system: You are a helpful assistant.
user:
Analyze the provided spectrum to determine if it is a **White Dwarf (WD)**.

A White Dwarf spectrum is defined by its **extreme purity** (due to gravitational settling) and/or **extreme pressure broadening** (due to high surface gravity). You must check for one of the following mutually exclusive signatures:

- **Key Visual Indicators (Check for ONE of these types):**

    - **1. DA-Type Signature (Most Common):**
        - **(Primary Feature):** Extreme pressure broadening (Stark broadening) of the **Hydrogen (H) Balmer lines**.
        - **(Key Lines):** $H\beta$ (approx. $4861$ Å) and $H\gamma$ (approx. $4340$ Å). $H\alpha$ (approx. $6563$ Å) will also be present if the wavelength range covers it.
        - **(Line Profile):** This is the **defining feature**. The lines are **NOT** sharp. They appear as massive, **extremely broad and deep "troughs" or "dips"** in the spectrum, often hundreds of Ångströms wide. The continuum will appear to "scoop" down at these wavelengths.
        - **(Distinction):** Normal A-type or B-type stars have *narrow* and *sharp* Hydrogen lines. A DA White Dwarf's lines are unmistakably "smeared" or "blurry" from pressure.

    - **2. DB-Type Signature:**
        - **(Primary Feature):** Broad absorption lines from **Neutral Helium (He I)**. The spectrum must lack any visible Hydrogen lines.
        - **(Key Lines):** Look for broad absorption near $4471$ Å, $4921$ Å, and $5876$ Å.
        - **(Line Profile):** These lines are also significantly pressure-broadened, appearing much wider than they would in a normal B-type main-sequence star.

    - **3. DC-Type Signature:**
        - **(Primary Feature):** A **featureless continuous spectrum**.
        - **(Line Profile):** The spectrum is a smooth curve with **no significant absorption or emission lines**.
        - **(Key Confirmation):** The continuum is almost always **blue or white**, indicating a hot object. This signature implies the atmosphere is so pure (or so cool) that no spectral lines are visible in the optical range. Its WD identity is confirmed by its extremely low intrinsic brightness (high absolute magnitude).

    - **4. DZ-Type Signature (Metal-Polluted):**
        - **(Primary Feature):** **Isolated, narrow metal absorption lines** on an otherwise featureless (DC-like) continuum.
        - **(Key Lines):** The **Calcium (Ca II) H & K doublet** (approx. **$3934$ Å** and **$3968$ Å**) is the most common and defining feature.
        - **(Line Profile):** These lines are "out of place." They are *not* part of a "forest" of thousands of lines. This signature is evidence of recent *accretion* (pollution) from rocky debris.
        - **(Distinction):** Normal G/K/M stars have a *dense forest* of thousands of metal lines. A DZ has a *clean* continuum with *only a few* strong metal lines.

    - **5. DQ-Type Signature (Carbon-Polluted):**
        - **(Primary Feature):** Absorption bands from **Carbon (C₂ "Swan Bands" or atomic C I)**.
        - **(Key Lines - C₂):** Look for bandheads with a "saw-tooth" shape near $5635$ Å, **$5165$ Å** (strongest), and $4737$ Å.
        - **(Key Confirmation):** The underlying **continuum must be blue or white** (hot).
        - **(Distinction):** This is the critical difference from a **Carbon Star**, which has the *exact same* C₂ bands but on an extremely **red, cool** continuum.

- **(Overall Spectrum):**
    - The continuum (overall shape) is typically **blue-sloping** (brighter in the blue than the red), as most white dwarfs are very hot.
    - The spectrum will look "pure" or "simple," dominated by only *one* of the five signatures listed above.

Think first, call **spectral_visualization_tool** if needed to examine features in detail, then provide your final answer. Your response must adhere to the following strict rules:
1.  **Overall Structure:** Your response must follow the format `<think>...</think> <tool_call>...</tool_call> (if a tool is used) <answer>...</answer>`.
2.  **Tool Usage Constraint:** You may only make **one** tool call per turn.
3.  **Final Answer Format:** In the `<answer>` tag, your conclusion must be inside a `\boxed{}` command (e.g., `\boxed{YES}` or `\boxed{NO}`), followed by your justification.

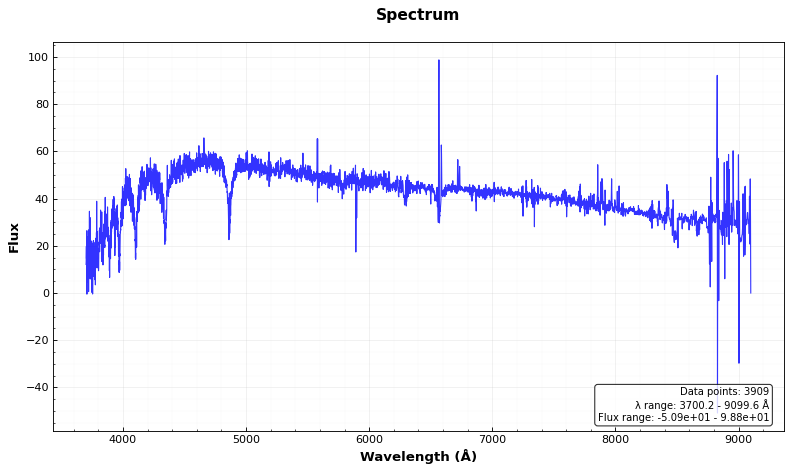
Answer: YES